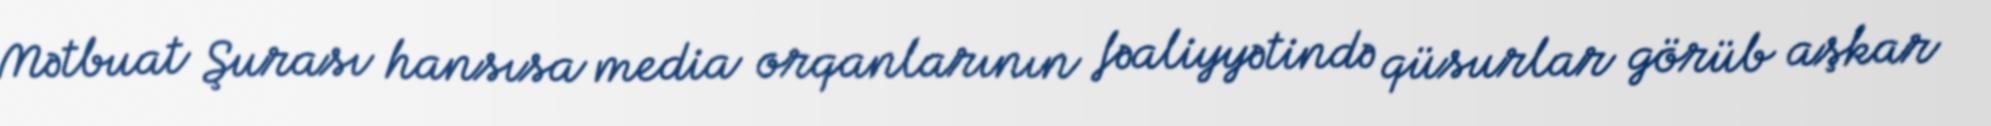
Mətbuat Şurası hansısa media orqanlarının fəaliyyətində qüsurlar görüb aşkar